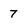
Character: 7